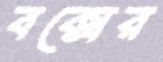
বক্সের